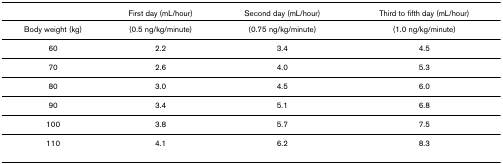
<table><thead><tr><td></td><td><b>First day (mL/hour)</b></td><td><b>Second day (mL/hour)</b></td><td><b>Third to fifth day (mL/hour)</b></td></tr></thead><tbody><tr><td>Body weight (kg)</td><td>(0.5 ng/kg/minute)</td><td>(0.75 ng/kg/minute)</td><td>(1.0 ng/kg/minute)</td></tr><tr><td>60</td><td>2.2</td><td>3.4</td><td>4.5</td></tr><tr><td>70</td><td>2.6</td><td>4.0</td><td>5.3</td></tr><tr><td>80</td><td>3.0</td><td>4.5</td><td>6.0</td></tr><tr><td>90</td><td>3.4</td><td>5.1</td><td>6.8</td></tr><tr><td>100</td><td>3.8</td><td>5.7</td><td>7.5</td></tr><tr><td>110</td><td>4.1</td><td>6.2</td><td>8.3</td></tr></tbody></table>